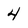
Character: 4